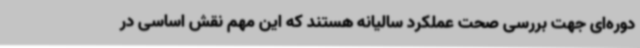
دوره‌ای جهت بررسی صحت عملکرد سالیانه هستند که این مهم نقش اساسی در